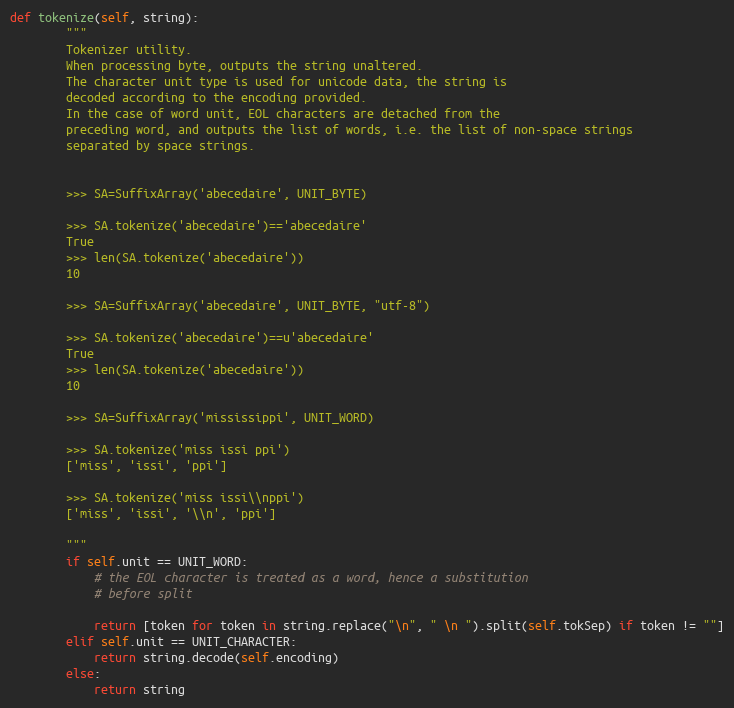
Language: Python
def tokenize(self, string):
        """
        Tokenizer utility.
        When processing byte, outputs the string unaltered.
        The character unit type is used for unicode data, the string is
        decoded according to the encoding provided.
        In the case of word unit, EOL characters are detached from the
        preceding word, and outputs the list of words, i.e. the list of non-space strings
        separated by space strings.

        >>> SA=SuffixArray('abecedaire', UNIT_BYTE)

        >>> SA.tokenize('abecedaire')=='abecedaire'
        True
        >>> len(SA.tokenize('abecedaire'))
        10

        >>> SA=SuffixArray('abecedaire', UNIT_BYTE, "utf-8")

        >>> SA.tokenize('abecedaire')==u'abecedaire'
        True
        >>> len(SA.tokenize('abecedaire'))
        10

        >>> SA=SuffixArray('mississippi', UNIT_WORD)

        >>> SA.tokenize('miss issi ppi')
        ['miss', 'issi', 'ppi']

        >>> SA.tokenize('miss issi\\nppi')
        ['miss', 'issi', '\\n', 'ppi']

        """
        if self.unit == UNIT_WORD:
            # the EOL character is treated as a word, hence a substitution
            # before split

            return [token for token in string.replace("\n", " \n ").split(self.tokSep) if token != ""]
        elif self.unit == UNIT_CHARACTER:
            return string.decode(self.encoding)
        else:
            return string